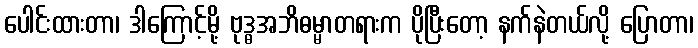
ပေါင်းထားတာ၊ ဒါကြောင့်မို့ ဗုဒ္ဓအဘိဓမ္မာတရားက ပိုပြီးတော့ နက်နဲတယ်လို့ ပြောတာ၊